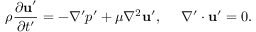
\rho \frac { \partial \mathbf { u } ^ { \prime } } { \partial t ^ { \prime } } = - \nabla ^ { \prime } p ^ { \prime } + \mu \nabla ^ { 2 } \mathbf { u } ^ { \prime } , \ \ \ \ \nabla ^ { \prime } \cdot \mathbf { u } ^ { \prime } = 0 .